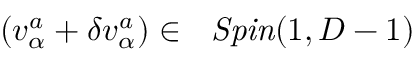
( v _ { \alpha } ^ { { a } } + \delta v _ { \alpha } ^ { { a } } ) \in \mathrm { ~ { \it ~ S p i n } } ( 1 , D - 1 )